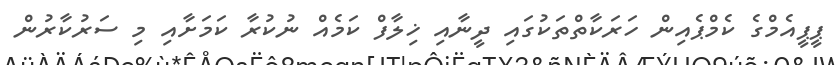
ޕީޕީއެމްގެ ކެމްޕެއިން ހަރަކާތްތަކުގައި ދީނާއި ޚިލާފް ކަމެއް ނުކުރާ ކަމަށާއި މި ސަރުކާރުން